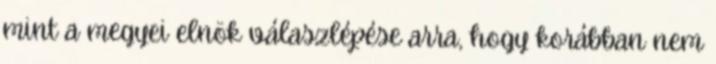
mint a megyei elnök válaszlépése arra, hogy korábban nem